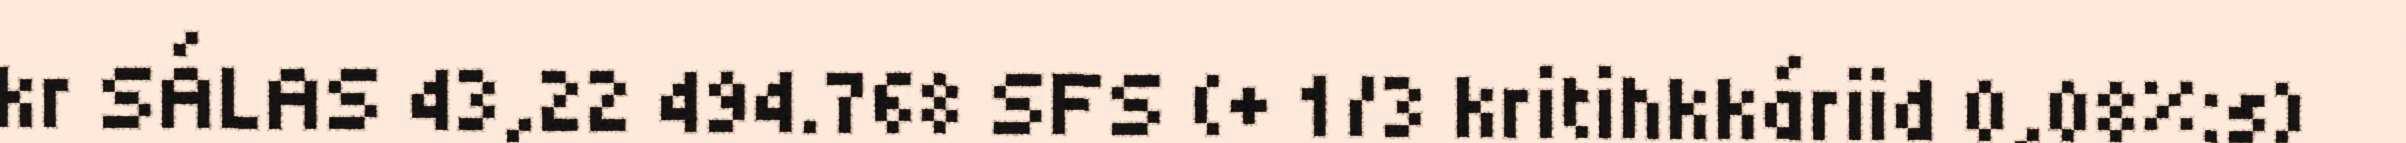
kr SÁLAS 43,22 494.768 SFS (+ 1/3 kritihkkáriid 0,08%:s)